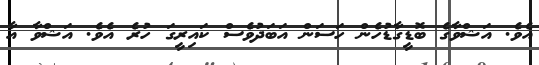
އެވެ. އަޝްވާގެ ބޮޑީގާޑުހެން ހަސަން އަބަދުވެސް ކައިރީގަ ހުރެ އެވެ. އަޝްވާ އާ